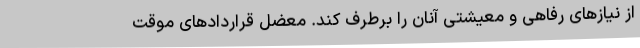
از نیازهای رفاهی و معیشتی آنان را برطرف کند. معضل قراردادهای موقت